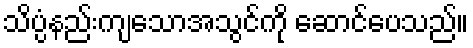
သိပ္ပံနည်းကျသောအသွင်ကို ဆောင်ပေသည်။